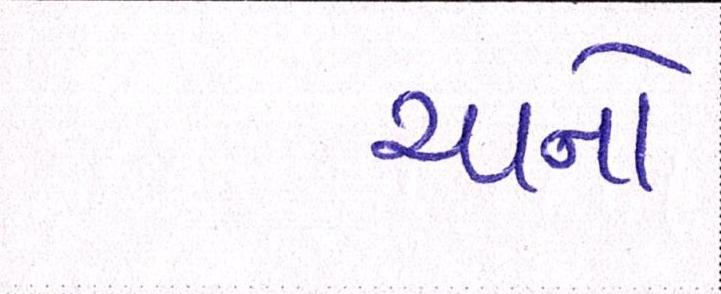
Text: ચાનો